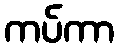
ကပ်ကာ